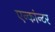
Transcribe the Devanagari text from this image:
एन्कांन्टर